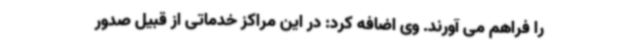
را فراهم می آورند. وی اضافه کرد: در این مراکز خدماتی از قبیل صدور